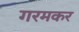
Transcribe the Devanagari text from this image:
गरमकर